Maali_päevik, lk 13
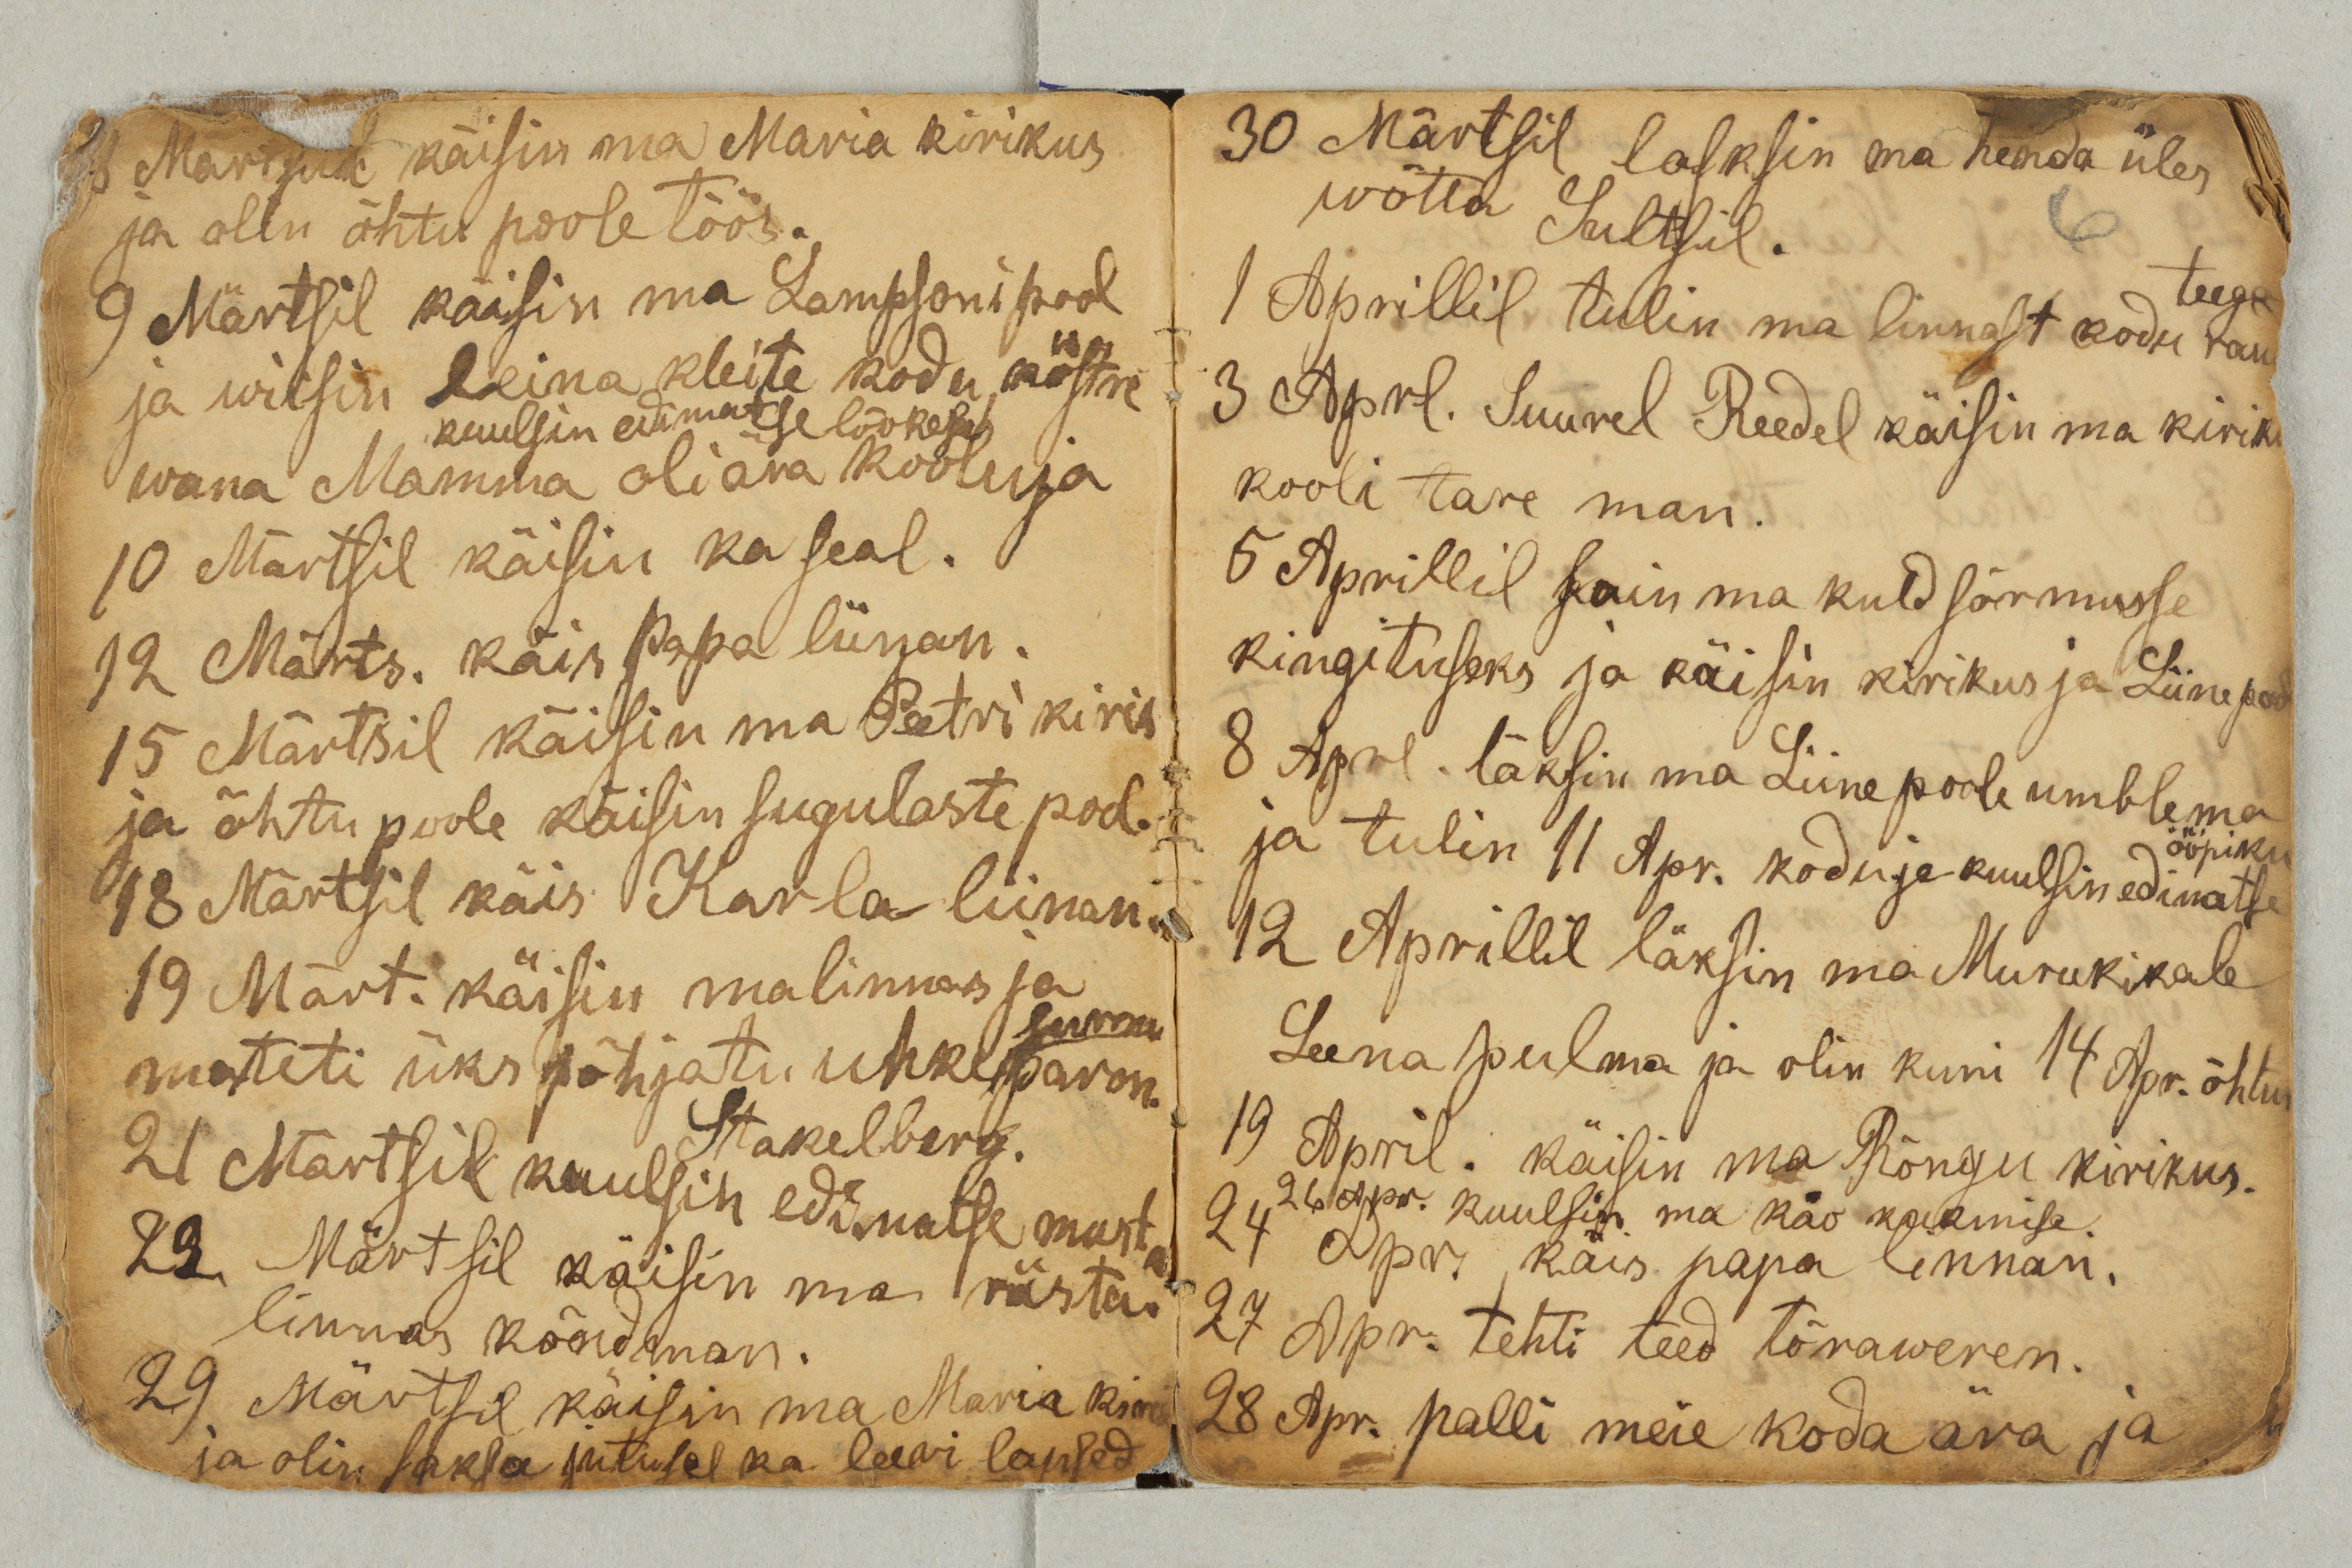
8 Märtsil käisin ma Maria kirikus
ja olin õhtu poole töös.
9 Märtsil käisin ma Lampsoni pool
ja wiisin leina kleite kodu köstre
kuulsin edimatse lõokese
wana Mamma oli ära koolu ja
10 Märtsil käisin ka seal.
12 Märts. käis Papa liinan.
15 Märtsil käisin ma Peetri kirik
ja õhtu poole käisin sugulaste pool.
18 Märtsil käis Karla liinan.
19 Märt. käisin ma linnas ja
surnu
mateti üks põhjatu uhke paron.
Stakelberg.
21 Märtsil kuulsin edimatse musta
rästa.
22 Märtsil käisin ma
linnas kõndman.
29 Märtsil käisin ma Maria kir
ja olin saksa jutusel ka. leeri lapsed.

30 Märtsil lasksin ma henda üles
wõtta Sultsil.
1 Aprillil tulin ma linnast koju rau
teega.
3 Aprl. Suurel Reedel käisin ma kiriku
kooli tare man.
5 Aprillil sain ma kuldsõrmuse
kingituseks ja käisin kirikus ja Liine pool.
8 Aprl. läksin ma Liine poole umblema
ja tulin 11 Apr. kodu ja kuulsin edimatse
ööpiku
12 Aprillil läksin ma Murukikale
Leena pulma ja olin kuni 14 Apr. õhtu
19 April. käisin ma Rõngu kirikus.
26 Apr. kuulsin ma käo kukmise.
24 Apr. käis papa linnan.
27 Apr. tehti teed tõraweren.
28 Apr. palli meie koda ära ja